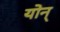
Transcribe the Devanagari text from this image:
योन्